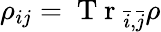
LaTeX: {\rho}_{ij}=\mathrm{~T~r~}_{\bar{i},\bar{j}}{\rho}